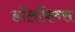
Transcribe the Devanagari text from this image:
डॉलफिन्स